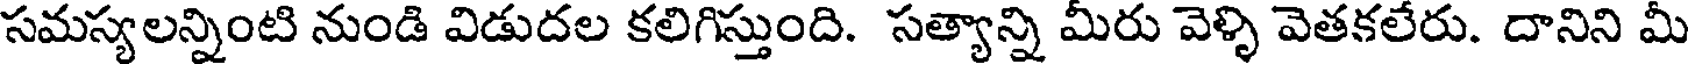
సమస్యలన్నింటి నుండి విడుదల కలిగిస్తుంది. సత్యాన్ని మీరు వెళ్ళి వెతకలేరు. దానిని మీ